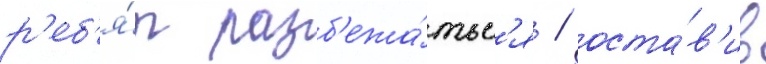
р'еб'я́т разб'ежа́тьс'я / оста́в'ив